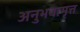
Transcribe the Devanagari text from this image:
अनुभवामृत्त